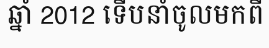
ឆ្នាំ 2012 ទើបនាំចូលមកពី